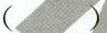
()